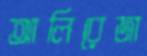
আলিরেজা